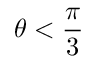
\theta < \frac { \pi } { 3 }